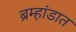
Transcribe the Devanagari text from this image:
ब्रम्हांडात